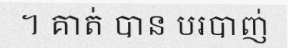
។ គាត់ បាន បរបាញ់